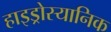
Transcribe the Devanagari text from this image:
हाइड्रोस्यानिक